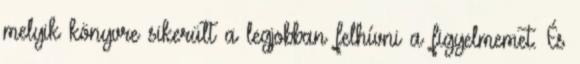
melyik könyvre sikerült a legjobban felhívni a figyelmemet. És